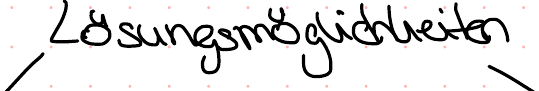
Lösungsmöglichkeiten